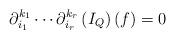
LaTeX: \begin{align*} \partial_{i_1}^{k_1} \cdots \partial_{i_r}^{k_r} \left(I_Q\right)(f) = 0 \end{align*}